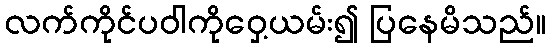
လက်ကိုင်ပဝါကိုဝှေ့ယမ်း၍ ပြနေမိသည်။